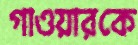
গাওয়ারকে